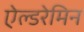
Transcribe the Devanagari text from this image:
ऐल्डरेमिन